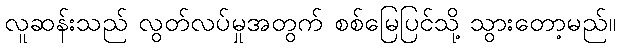
လူဆန်းသည် လွတ်လပ်မှုအတွက် စစ်မြေပြင်သို့ သွားတော့မည်။